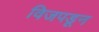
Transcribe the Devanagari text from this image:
विजपडून